Report on the bubonic plague in Bombay, 1896-1897
Year: 1896
Disease focus: Plague
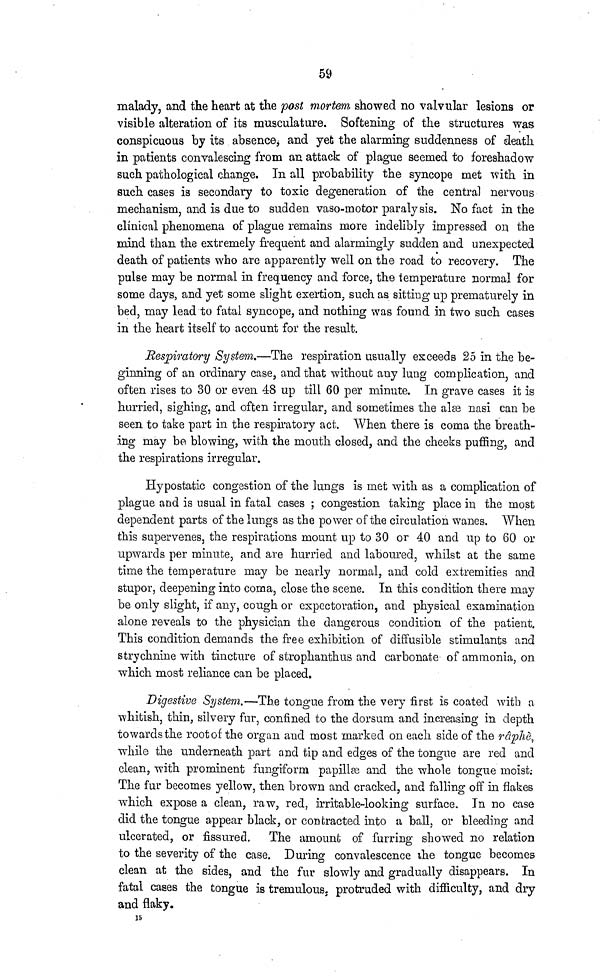
59
malady, and the heart at the post mortem showed no valvular lesions or
visible alteration of its musculature. Softening of the structures was
conspicuous by its absence, and yet the alarming suddenness of death
in patients convalescing from an attack of plague seemed to foreshadow
such pathological change. In all probability the syncope met with in
such cases is secondary to toxic degeneration of the central nervous
mechanism, and is due to sudden vaso-motor paralysis. No fact in the
clinical phenomena of plague remains more indelibly impressed on the
mind than the extremely frequent and alarmingly sudden and unexpected
death of patients who are apparently well on the road to recovery. The
pulse may be normal in frequency and force, the temperature normal for
some clays, and yet some slight exertion, such as sitting up prematurely in
bed, may lead to fatal syncope, and nothing was found in two such cases
in the heart itself to account for the result.
Respiratory System.—The respiration usually exceeds 25 in the be-
ginning of an ordinary case, and that without any lung complication, and
often rises to 30 or even 48 up till 60 per minute. In grave cases it is
hurried, sighing, and often irregular, and sometimes the alæ nasi can be
seen to take part in the respiratory act. When there is coma the breath-
ing may be blowing, with the mouth closed, and the cheeks puffing, and
the respirations irregular.
Hypostatic congestion of the lungs is met with as a complication of
plague and is usual in fatal cases ; congestion taking place in the most
dependent parts of the lungs as the power of the circulation wanes. When
this supervenes, the respirations mount up to 30 or 40 and up to 60 or
upwards per minute, and are hurried and laboured, whilst at the same
time the temperature may be nearly normal, and cold extremities and
stupor, deepening into coma, close the scene. In this condition there may
be only slight, if any, cough or expectoration, and physical examination
alone reveals to the physician the dangerous condition of the patient.
This condition demands the free exhibition of diffusible stimulants and
strychnine with tincture of strophanthus and carbonate of ammonia, on
which most reliance can be placed.
Digestive System.—The tongue from the very first is coated with a
whitish, thin, silvery fur, confined to the clorsum and increasing in depth
towards the root of the organ and most marked on each side of the râphè,
while the underneath part and tip and edges of the tongue are red and
clean, with prominent fungiform papillæ and the whole tongue moist
The fur becomes yellow, then brown and cracked, and falling off in flakes
which expose a clean, raw, red, irritable-looking surface. In no case
did the tongue appear black, or contracted into a ball, or bleeding and
ulcerated, or fissured. The amount of furring showed no relation
to the severity of the case. During convalescence the tongue becomes
clean at the sides, and the fur slowly and gradually disappears. In
fatal cases the tongue is tremulous, protruded with difficulty, and dry
and flaky.
15